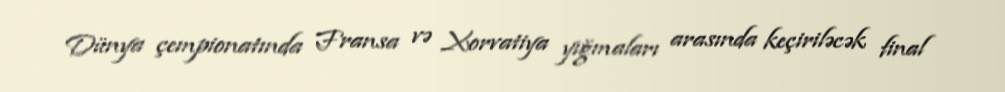
Dünya çempionatında Fransa və Xorvatiya yığmaları arasında keçiriləcək final